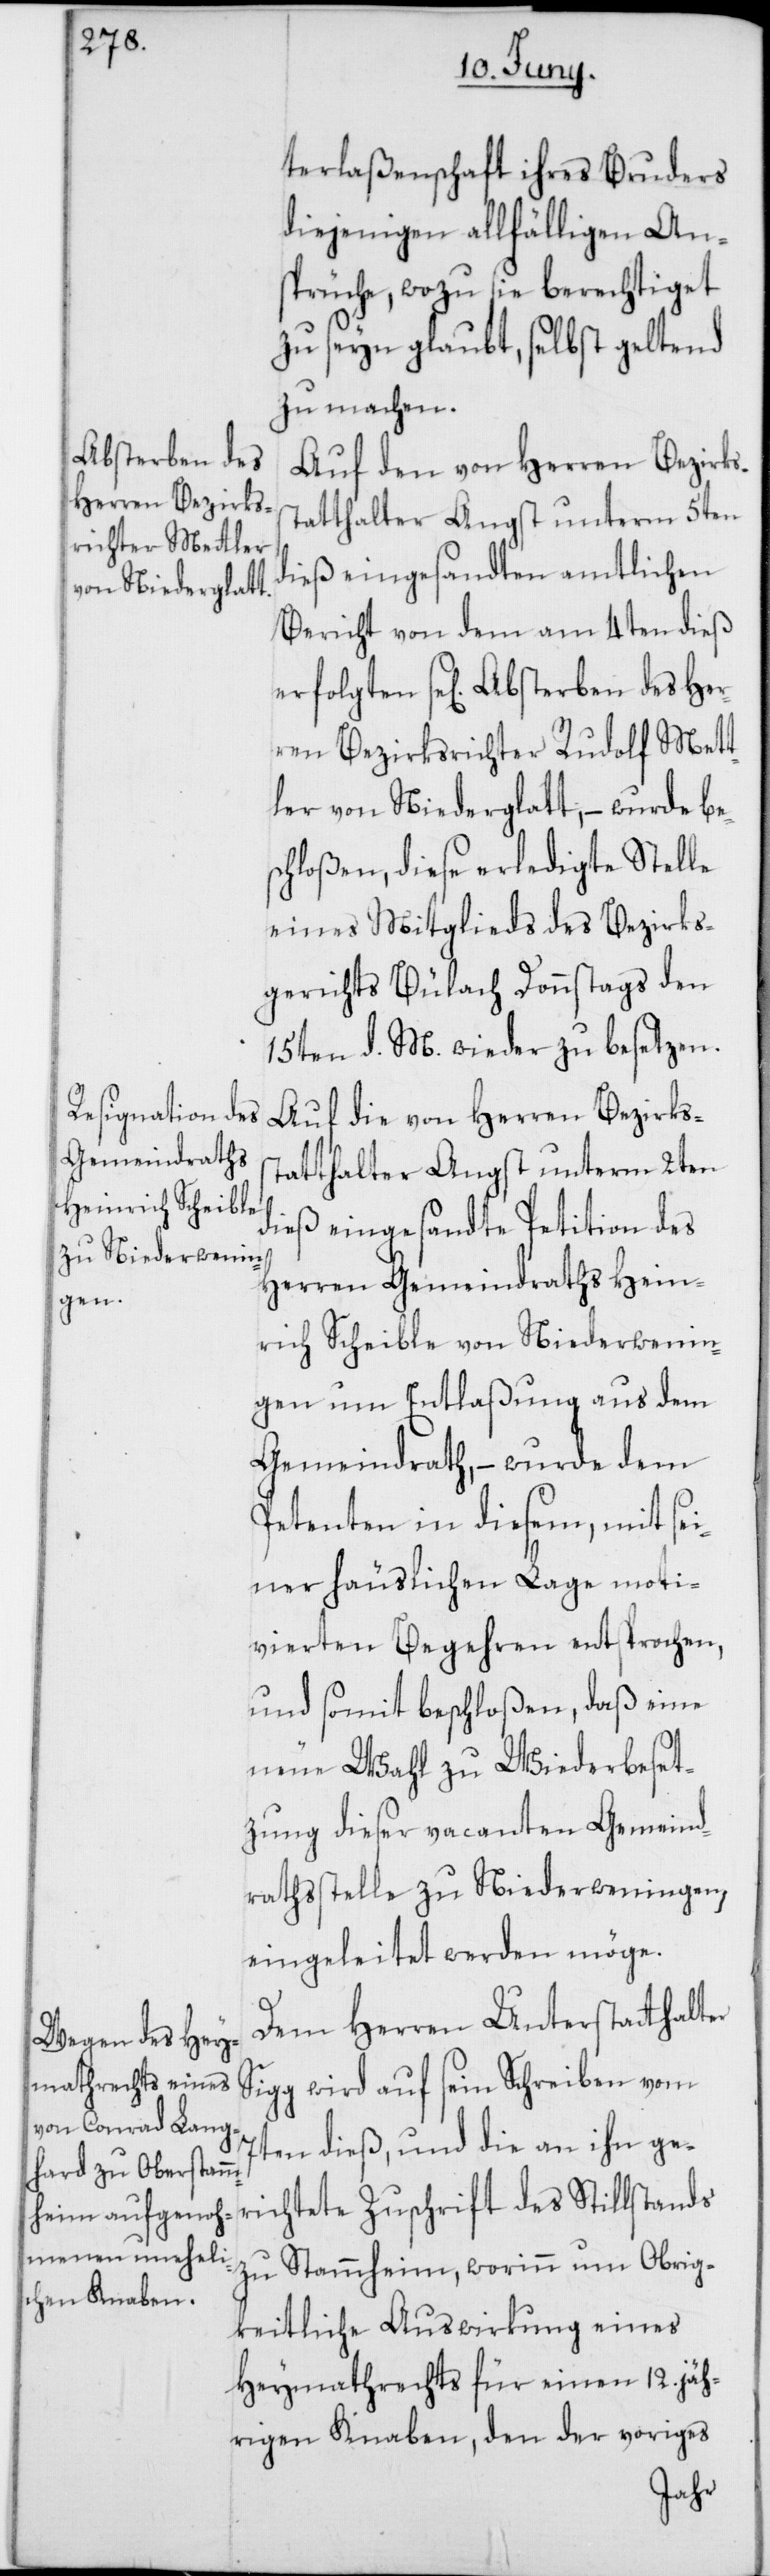
terlaßenschaft ihres Bruders
diejenigen allfälligen An¬
sprüche, wozu sie berechtiget
zu seyn glaubt, selbst geltend
zu machen.
Absterben des
Auf den von Herren Bezirks¬
statthalter Angst unterm 5ten
richtete
dieß eingesandten amtlichen
Bericht von dem am 4ten dieß
ren Bezirksrichter Rudolf Mett¬
ler von Niederglatt, – wurde be¬
schloßen, diese erledigte Stelle
eines Mitglieds des Bezirks¬
gerichts Bülach, Donnstags den
15ten d. M. wieder zu besetzen.
Auf die von Herren Bezirkss¬
tatthalter Angst unterm 2ten
dieß eingesandte Petition des
Herren Gemeindraths Hein¬
rich Scheible von Niederwenin¬
gen um Entlaßung aus dem
Gemeindrath, – wurde dem
Petenten in diesem, mit sei¬
ner häuslichen Lage moti¬
vierten Begehren entsprochen,
und somit beschloßen, daß eine
neue Wahl zu Wiederbeset¬
zung dieser vacanten Gemeind¬
rathsstelle zu Niederweningen,
eingeleitet werden möge.
Dem Herren Unterstatthalter
Sigg wird auf sein Schreiben vom
7ten dieß, und die an ihn ge¬
zu Stammheim, worinn um Obrig¬
keitliche Auswirkung eines
Heymathrechts für einen 12. jäh¬
rigen Knaben, den der voriges
Her¬